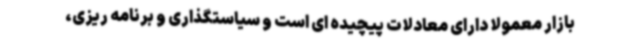
بازار معمولاً دارای معادلات پیچیده ای است و سیاستگذاری و برنامه ریزی،